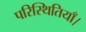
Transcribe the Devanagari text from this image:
परिस्थितियाँ।